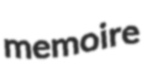
memoire